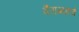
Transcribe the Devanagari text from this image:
वैराग्याचे